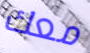
معك